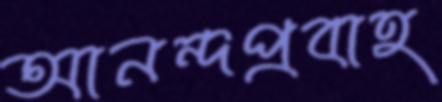
আনন্দপ্রবাহ